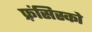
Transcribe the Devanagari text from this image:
फ़्रंसिस्को